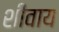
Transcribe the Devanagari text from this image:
शीवाय